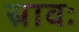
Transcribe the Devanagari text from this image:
स्रावः